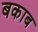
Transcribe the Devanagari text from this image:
बकाब